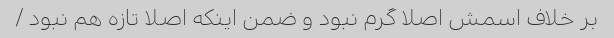
بر خلاف اسمش اصلا گرم نبود و ضمن اینکه اصلا تازه هم نبود /